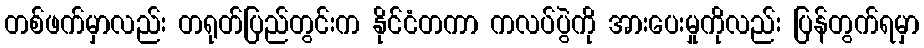
တစ်ဖက်မှာလည်း တရုတ်ပြည်တွင်းက နိုင်ငံတကာ ကလပ်ပွဲကို အားပေးမှုကိုလည်း ပြန်တွက်ရမှာ